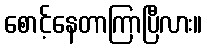
စောင့်နေတာကြာပြီလား။